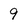
Character: 9